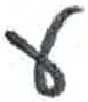
אות: ע